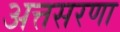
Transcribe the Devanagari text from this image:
अत्तसरणा